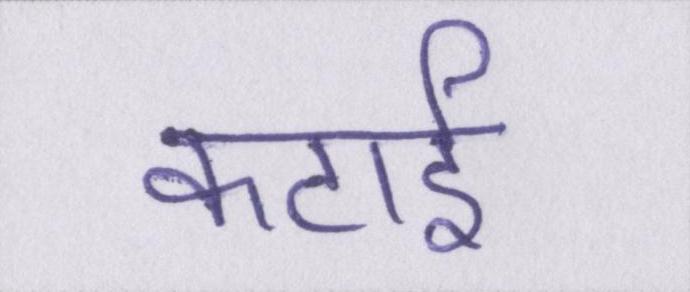
कटाई